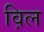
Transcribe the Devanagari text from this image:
व़िल